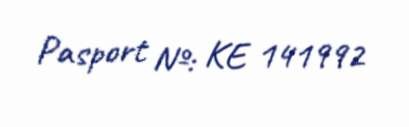
Pasport №: KE 141992